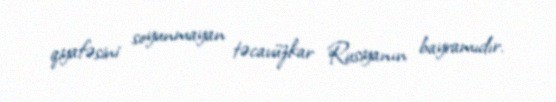
qiyafəsini soyunmayan təcavüzkar Rusiyanın bayramıdır.